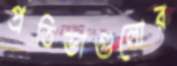
প্রতিভাগুলোর